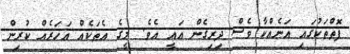
ފޮތްތަކުގައި އަނެއްކާ ވެސް ދިރިގެން އައީ އެވެ. މީގެ އެތަކެއް އަހަރެއް ކުރިން